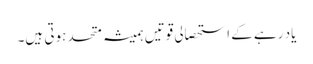
یاد رہے کے استحصالی قوتیں ہمیشہ متحد ہوتی ہیں۔